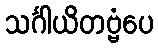
သင်္ဂါယိတဗ္ဗံပေ